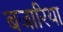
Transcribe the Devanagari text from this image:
बजारिया